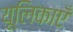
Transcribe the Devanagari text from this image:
यूलिकाएँ